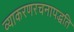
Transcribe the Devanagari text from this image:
व्याकरणरचनापद्धति